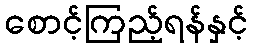
စောင့်ကြည့်ရန်နှင့်